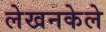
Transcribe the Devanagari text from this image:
लेखनकेले